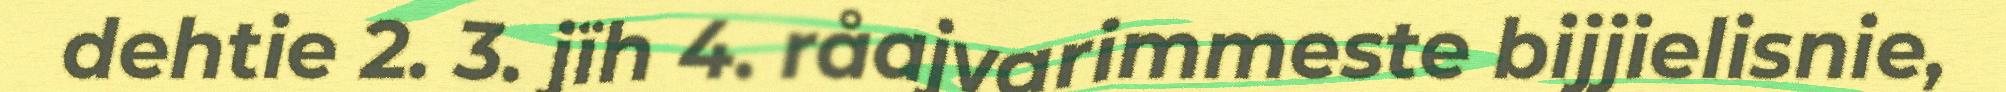
dehtie 2. 3. jïh 4. råajvarimmeste bijjielisnie,